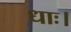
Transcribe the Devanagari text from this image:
धाः।